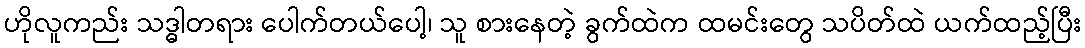
ဟိုလူကည်း သဒ္ဓါတရား ပေါက်တယ်ပေါ့၊ သူ စားနေတဲ့ ခွက်ထဲက ထမင်းတွေ သပိတ်ထဲ ယက်ထည့်ပြီး